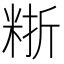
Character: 𥺈